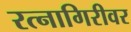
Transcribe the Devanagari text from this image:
रत्नागिरीवर